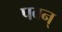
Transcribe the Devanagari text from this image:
पवन्